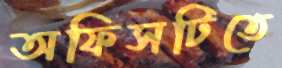
অফিসটিতে